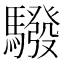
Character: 驋